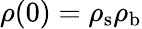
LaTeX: \mathbf{\rho}(0)=\mathbf{\rho}_{\mathrm{s}}\mathbf{\rho}_{\mathrm{b}}